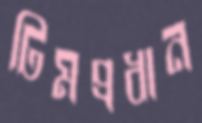
টিমপ্রধান